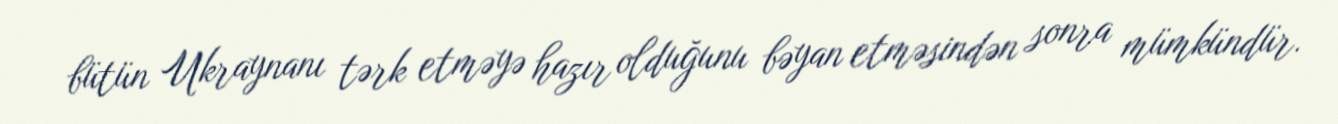
bütün Ukraynanı tərk etməyə hazır olduğunu bəyan etməsindən sonra mümkündür.